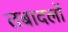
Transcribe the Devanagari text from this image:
तबादलों